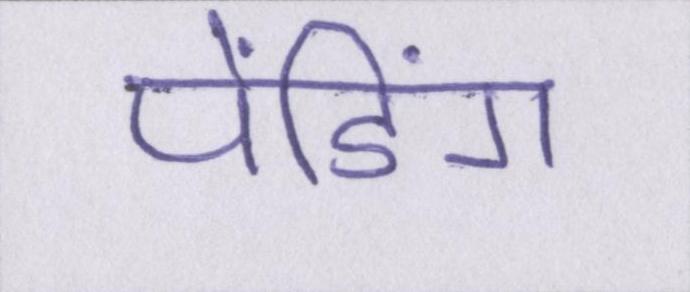
पेंडिंग